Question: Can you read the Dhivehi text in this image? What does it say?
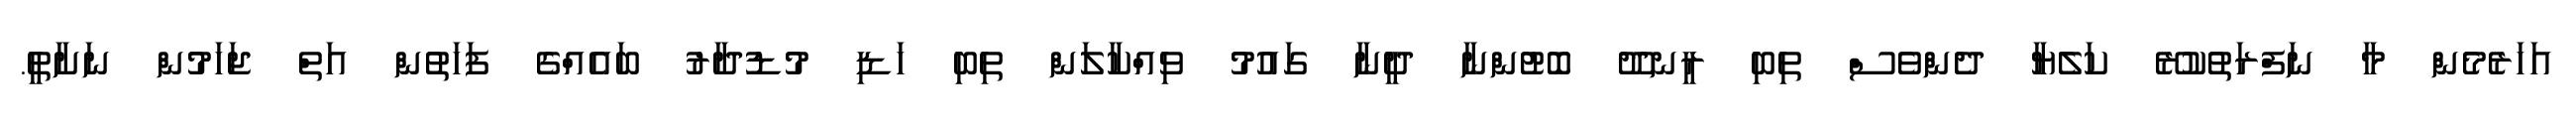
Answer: އަހަރެމެން މާ ނަފްރަތުކުރޭ ކަލެޔާ ދެންވެސް ތިބި ރީނދޫ ބޮޓުންނާ ދީނާ ގައުމު ވިއްކާލަން ތިބި ހަޑި މުޑުދާރު ބައެއްގެ ފަހަތުން އަތް ޖަހަމުން ނަށާތީ.